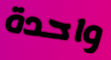
واحدة